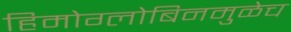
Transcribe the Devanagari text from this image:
हिमोग्लोबिनमुळेच